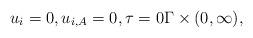
LaTeX: \begin{align*}u_{i} = 0, u_{i, A} = 0, \tau = 0 \Gamma \times (0, \infty),\end{align*}